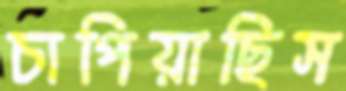
চাপিয়াছিস